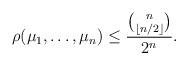
LaTeX: \begin{align*}\rho(\mu_1,\dots,\mu_n) \le \frac{\binom{n}{\lfloor n/2 \rfloor}}{2^n}.\end{align*}